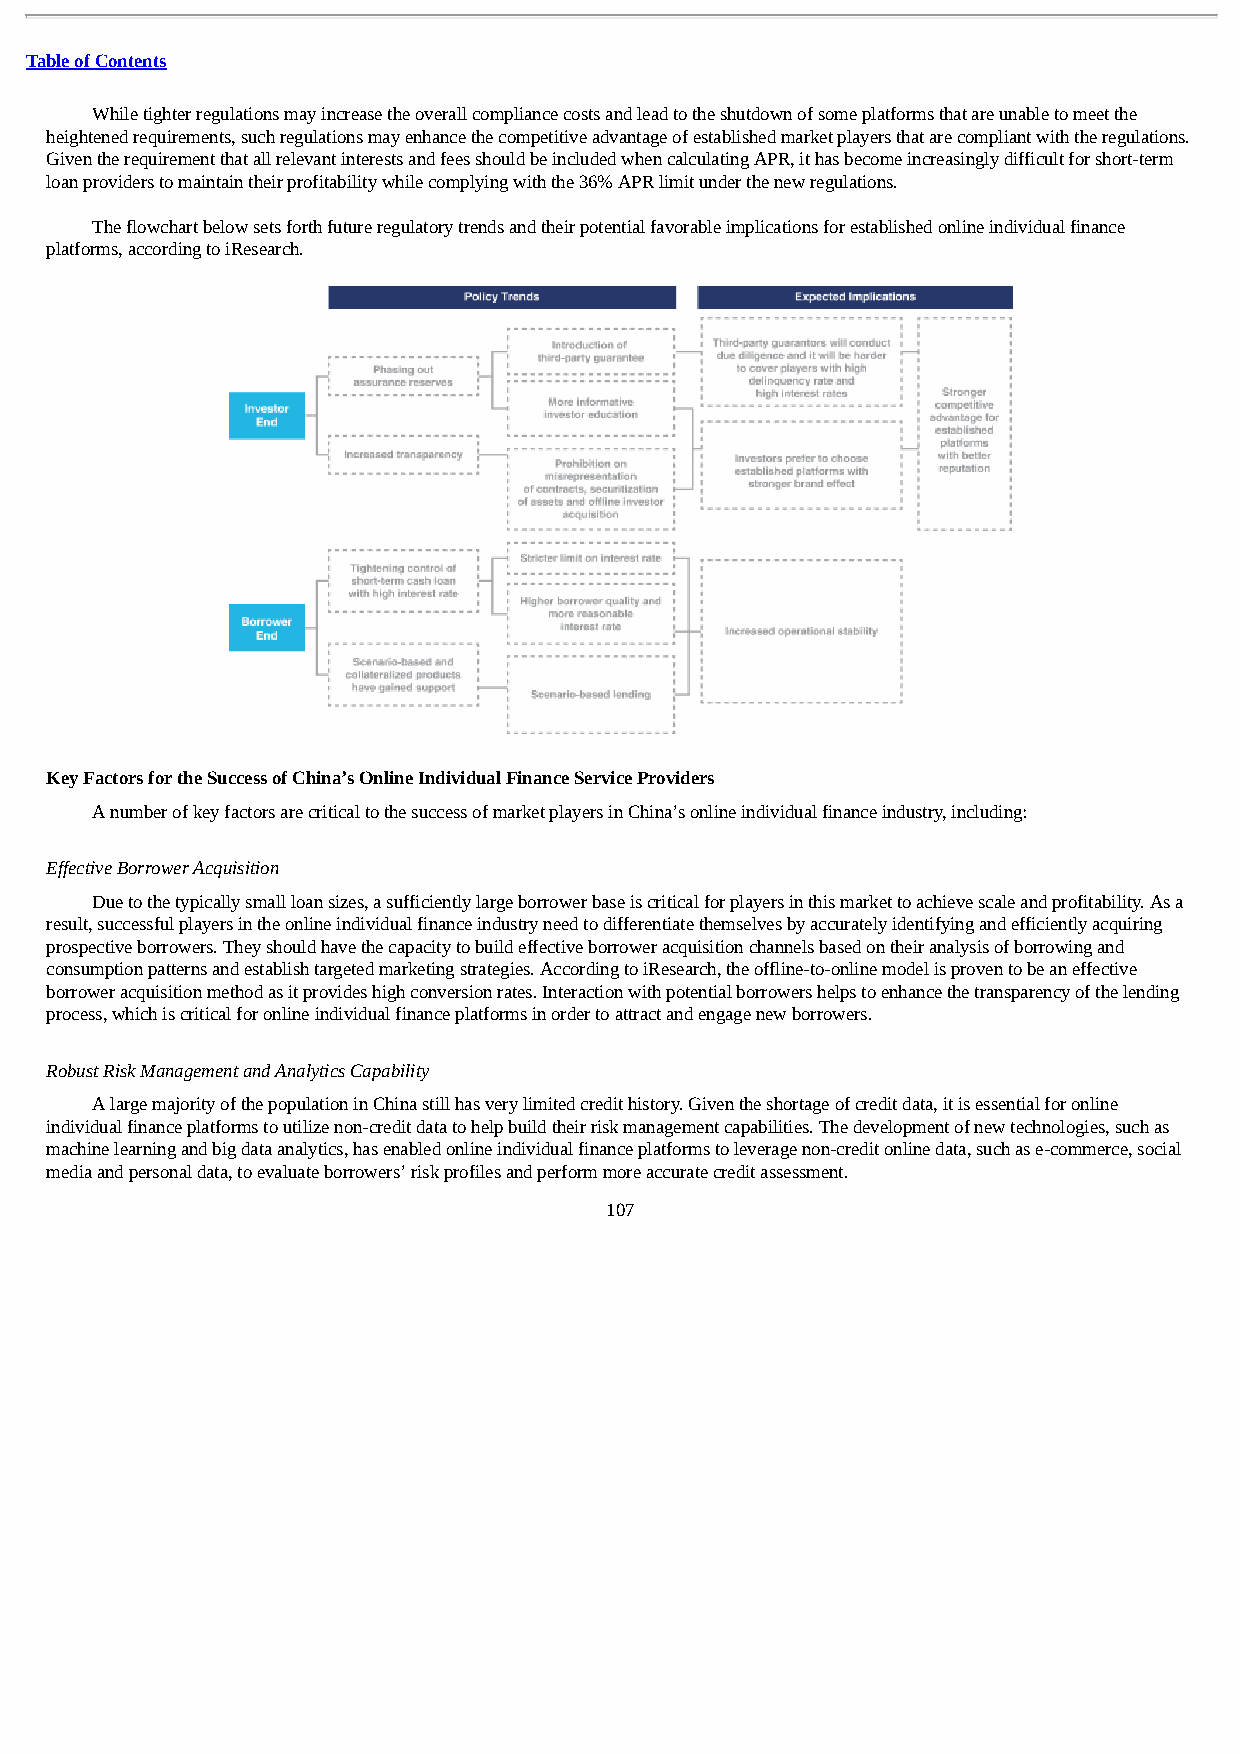
Table of Contents
 While tighter regulations may increase the overall compliance costs and lead to the shutdown of some platforms that are unable to meet the
 heightened requirements, such regulations may enhance the competitive advantage of established market players that are compliant with the regulations.
 Given the requirement that all relevant interests and fees should be included when calculating APR, it has become increasingly difficult for short-term
 loan providers to maintain their profitability while complying with the 36% APR limit under the new regulations.
 The flowchart below sets forth future regulatory trends and their potential favorable implications for established online individual finance
 platforms, according to iResearch.
 Key Factors for the Success of China’s Online Individual Finance Service Providers
 A number of key factors are critical to the success of market players in China’s online individual finance industry, including:
 Effective Borrower Acquisition
 Due to the typically small loan sizes, a sufficiently large borrower base is critical for players in this market to achieve scale and profitability. As a
 result, successful players in the online individual finance industry need to differentiate themselves by accurately identifying and efficiently acquiring
 prospective borrowers. They should have the capacity to build effective borrower acquisition channels based on their analysis of borrowing and
 consumption patterns and establish targeted marketing strategies. According to iResearch, the offline-to-online model is proven to be an effective
 borrower acquisition method as it provides high conversion rates. Interaction with potential borrowers helps to enhance the transparency of the lending
 process, which is critical for online individual finance platforms in order to attract and engage new borrowers.
 Robust Risk Management and Analytics Capability
 A large majority of the population in China still has very limited credit history. Given the shortage of credit data, it is essential for online
 individual finance platforms to utilize non-credit data to help build their risk management capabilities. The development of new technologies, such as
 machine learning and big data analytics, has enabled online individual finance platforms to leverage non-credit online data, such as e-commerce, social
 media and personal data, to evaluate borrowers’ risk profiles and perform more accurate credit assessment.
 107